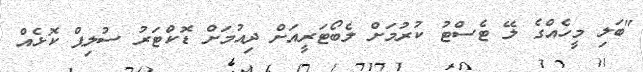
"ބަލި މީހެއްގެ ލޭ ޓެސްޓު ކުރުމަށް ލެބޯޓަރީއަށް ދިއުމަށް ޑޮކްޓަރު ސުލިޕް ކޮޅެއް